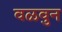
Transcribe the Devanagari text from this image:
वळवुन